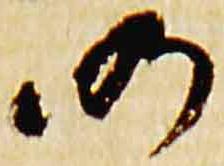
仍